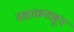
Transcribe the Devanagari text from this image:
वडाळ्याहून